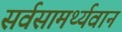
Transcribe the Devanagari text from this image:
सर्वसामर्थ्यवान